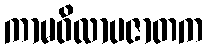
ကာမဝိလာပဇာတက